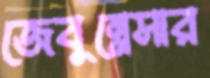
জেবুন্নেসার